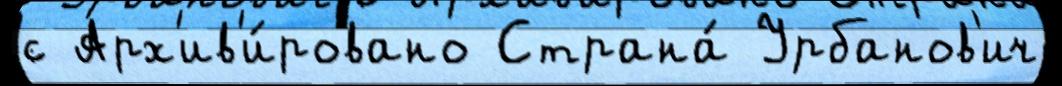
с Арх'ив'и́ровано Страна́ Урбанов'ич